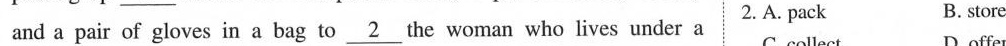
and a pair of gloves in a bag to \underline{2} the woman who lives under a 2.A. Pack B. store